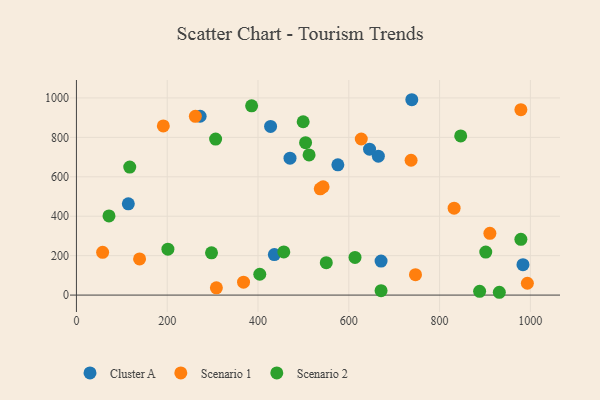
{"axis": {"x": "Ad Spend", "y": "Fuel Efficiency"}, "legend": ["Cluster A", "Scenario 1", "Scenario 2"], "data": [{"x": "983.7", "y": 154.4, "type": "Cluster A"}, {"x": "470.5", "y": 694.6, "type": "Cluster A"}, {"x": "272.5", "y": 907.1, "type": "Cluster A"}, {"x": "671.1", "y": 172.5, "type": "Cluster A"}, {"x": "575.9", "y": 660.8, "type": "Cluster A"}, {"x": "665.1", "y": 704.5, "type": "Cluster A"}, {"x": "114.3", "y": 463.0, "type": "Cluster A"}, {"x": "645.7", "y": 740.1, "type": "Cluster A"}, {"x": "427.7", "y": 855.4, "type": "Cluster A"}, {"x": "436.0", "y": 205.5, "type": "Cluster A"}, {"x": "738.8", "y": 990.9, "type": "Cluster A"}, {"x": "543.4", "y": 548.9, "type": "Scenario 1"}, {"x": "979.1", "y": 940.4, "type": "Scenario 1"}, {"x": "57.7", "y": 217.0, "type": "Scenario 1"}, {"x": "993.4", "y": 60.1, "type": "Scenario 1"}, {"x": "262.0", "y": 906.5, "type": "Scenario 1"}, {"x": "368.1", "y": 65.3, "type": "Scenario 1"}, {"x": "910.8", "y": 313.4, "type": "Scenario 1"}, {"x": "139.1", "y": 183.2, "type": "Scenario 1"}, {"x": "191.4", "y": 858.1, "type": "Scenario 1"}, {"x": "308.3", "y": 36.8, "type": "Scenario 1"}, {"x": "627.5", "y": 791.6, "type": "Scenario 1"}, {"x": "537.1", "y": 538.9, "type": "Scenario 1"}, {"x": "746.9", "y": 103.6, "type": "Scenario 1"}, {"x": "832.0", "y": 441.1, "type": "Scenario 1"}, {"x": "737.2", "y": 683.8, "type": "Scenario 1"}, {"x": "504.8", "y": 773.3, "type": "Scenario 2"}, {"x": "297.6", "y": 214.4, "type": "Scenario 2"}, {"x": "117.4", "y": 649.1, "type": "Scenario 2"}, {"x": "306.6", "y": 791.4, "type": "Scenario 2"}, {"x": "888.2", "y": 19.2, "type": "Scenario 2"}, {"x": "846.5", "y": 807.5, "type": "Scenario 2"}, {"x": "201.5", "y": 232.9, "type": "Scenario 2"}, {"x": "71.7", "y": 401.3, "type": "Scenario 2"}, {"x": "456.8", "y": 219.2, "type": "Scenario 2"}, {"x": "499.5", "y": 879.1, "type": "Scenario 2"}, {"x": "512.5", "y": 710.7, "type": "Scenario 2"}, {"x": "550.4", "y": 164.5, "type": "Scenario 2"}, {"x": "901.7", "y": 218.1, "type": "Scenario 2"}, {"x": "403.9", "y": 105.6, "type": "Scenario 2"}, {"x": "979.1", "y": 283.0, "type": "Scenario 2"}, {"x": "931.6", "y": 14.3, "type": "Scenario 2"}, {"x": "385.9", "y": 960.0, "type": "Scenario 2"}, {"x": "613.7", "y": 191.2, "type": "Scenario 2"}, {"x": "671.1", "y": 22.4, "type": "Scenario 2"}]}